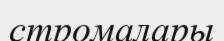
стромалары